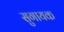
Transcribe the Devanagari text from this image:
सुगायक